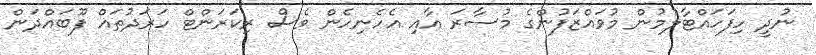
ނުދީ ހިފަހައްޓާލުުމުން މުވައްޒަފުންގެ މުސާރަ އާއި އެހެނިހެން ވެސް ރިކަރަންޓް ހަރަދުތައް ފޫބައްދަން